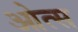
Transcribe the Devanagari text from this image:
ओत्स